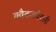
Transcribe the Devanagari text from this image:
क्वैकक्वैरली